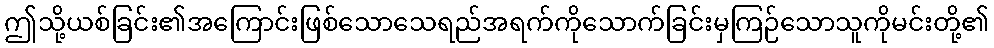
ဤသို့ယစ်ခြင်း၏အကြောင်းဖြစ်သောသေရည်အရက်ကိုသောက်ခြင်းမှကြဉ်သောသူကိုမင်းတို့၏